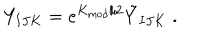
Y _ { I J K } = e ^ { K _ { \mathrm { m o d } } / 2 } \tilde { Y } _ { I J K } \; .